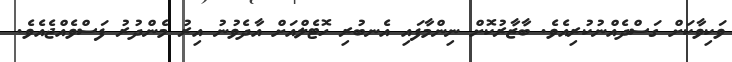
ވަކިވާކަށް ގަސްދެއްނުކުރިއެވެ. ބާޒާރުކޮށް ނިންމާފައި އެނބުރި ހޮޓެލްއަށް އާދެވުނު އިރު މެންދުރު ފަސްވެއްޖެއެވެ.